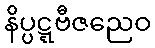
နိပ္ပဋ္ဋဗီဇညေဝ